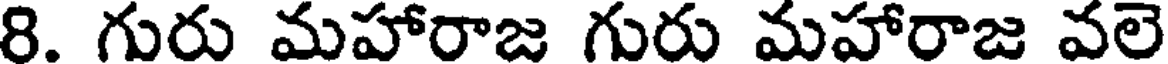
8. గురు మహారాజ గురు మహారాజ వలె